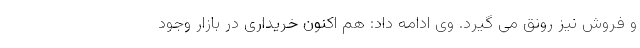
و فروش نیز رونق می گیرد. وی ادامه داد: هم اکنون خریداری در بازار وجود